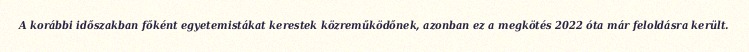
A korábbi időszakban főként egyetemistákat kerestek közreműködőnek, azonban ez a megkötés 2022 óta már feloldásra került.